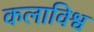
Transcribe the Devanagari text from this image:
कलाविश्व